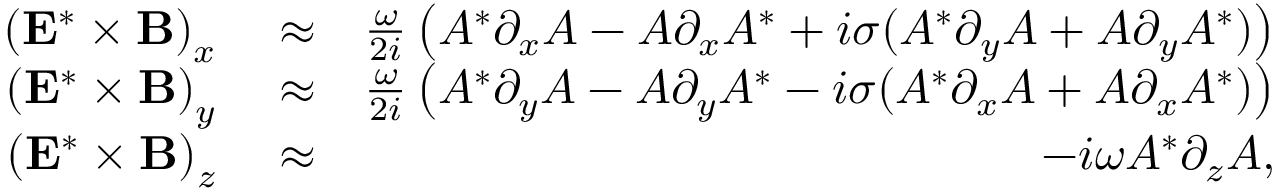
\begin{array} { r l r } { \left( { \bf E } ^ { * } \times { \bf B } \right) _ { x } } & { { } \approx } & { \frac { \omega } { 2 i } \left( A ^ { * } \partial _ { x } A - A \partial _ { x } A ^ { * } + i \sigma ( A ^ { * } \partial _ { y } A + A \partial _ { y } A ^ { * } ) \right) } \\ { \left( { \bf E } ^ { * } \times { \bf B } \right) _ { y } } & { { } \approx } & { \frac { \omega } { 2 i } \left( A ^ { * } \partial _ { y } A - A \partial _ { y } A ^ { * } - i \sigma ( A ^ { * } \partial _ { x } A + A \partial _ { x } A ^ { * } ) \right) } \\ { \left( { \bf E } ^ { * } \times { \bf B } \right) _ { z } } & { { } \approx } & { - i \omega A ^ { * } \partial _ { z } A , } \end{array}